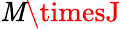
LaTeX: \mathit{M}\timesJ